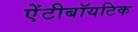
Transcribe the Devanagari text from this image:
ऐंटीबॉयटिक